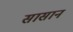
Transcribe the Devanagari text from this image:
सासान